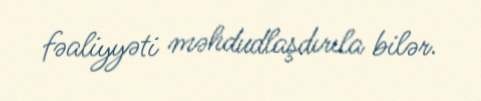
fəaliyyəti məhdudlaşdırıla bilər.